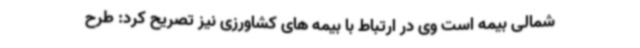
شمالی بیمه است وی در ارتباط با بیمه های کشاورزی نیز تصریح کرد: طرح